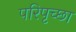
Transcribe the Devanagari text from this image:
परिपृच्छा